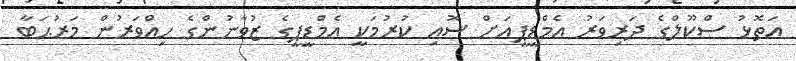
އަތޮޅު ސްކޫލްގެ ދަރިވަރު އެމްޑީޕީއަށް ސޮއި ކުރުމަކީ އެމްޑީޕީގެ ޒުވާނުންގެ ހިއްވަރުން މަރުޙަބާ